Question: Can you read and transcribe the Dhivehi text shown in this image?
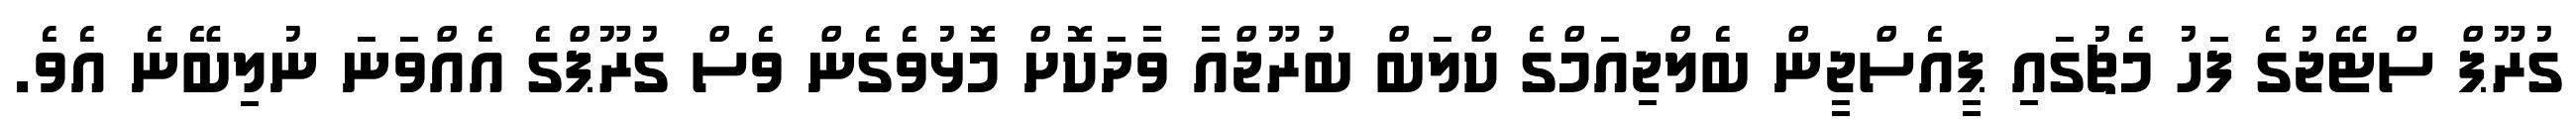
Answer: ގުރޫޕް ސްޓޭޖުގެ ފަހު މެޗުގައި ޕީއެސްޖީން ބެލްޖިއަމްގެ ކްލަބް ބުރޫޖްއާ ވާދަކޮށް މޮޅުވެގެން ވެސް ގުރޫޕްގެ އެއްވަނަ ނުލިބޭނެ އެވެ.